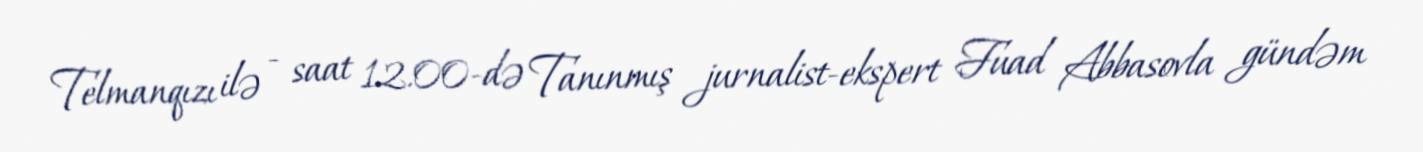
Telmanqızı ilə - saat 12.00-də Tanınmış jurnalist-ekspert Fuad Abbasovla gündəm